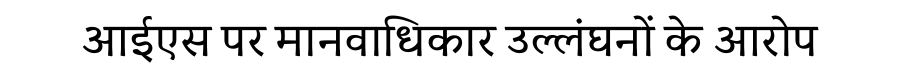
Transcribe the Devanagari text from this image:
आईएस पर मानवाधिकार उल्लंघनों के आरोप